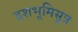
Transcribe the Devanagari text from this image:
दशभूमिसूत्र